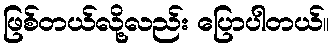
ဖြစ်တယ်လို့လည်း ပြောပါတယ်။